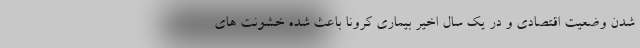
شدن وضعیت اقتصادی و در یک سال اخیر بیماری کرونا باعث شده خشونت های